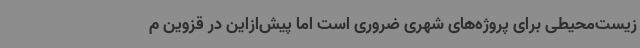
زیست‌محیطی برای پروژه‌های شهری ضروری است اما پیش‌ازاین در قزوین م